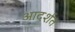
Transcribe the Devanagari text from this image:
आदर्शत